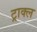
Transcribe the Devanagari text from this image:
ट्राक्ल